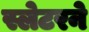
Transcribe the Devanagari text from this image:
स्लेटरने